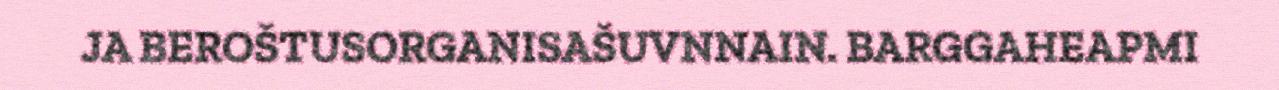
JA BEROŠTUSORGANISAŠUVNNAIN. BARGGAHEAPMI